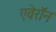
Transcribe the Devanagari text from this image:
एवेरॉन